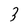
Character: 3